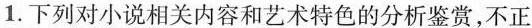
1.下列对小说相关内容和艺术特色的分析鉴赏,不正